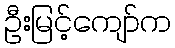
ဦးမြင့်ကျော်က